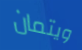
ويتمان